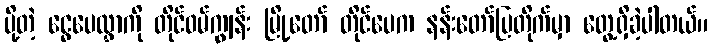
ပို့တဲ့ ငွေပေလွှာကို တိုင်ဝမ်ကျွန်း မြို့တော် တိုင်ပေက နန်းတော်ပြတိုက်မှာ တွေ့ရှိခဲ့ပါတယ်။